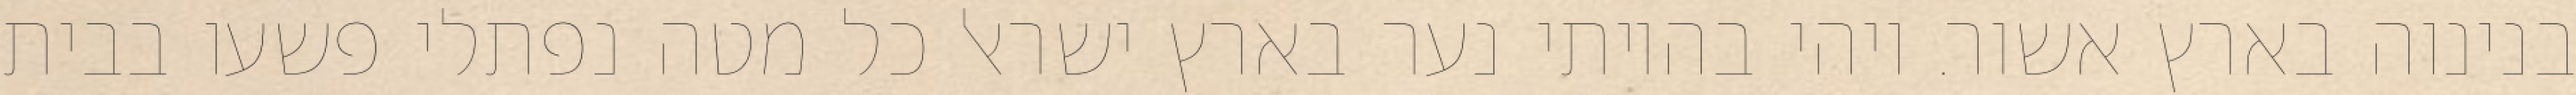
בנינוה בארץ אשור. ויהי בהיותי נער בארץ ישראל כל מטה נפתלי פשעו בבית